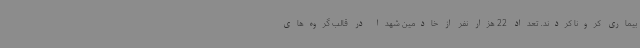
بیماری کرونا کردند. تعداد 22 هزار نفر از خادمین شهدا در قالب گروه‌های